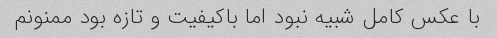
با عکس کامل شبیه نبود اما باکیفیت و تازه بود ممنونم